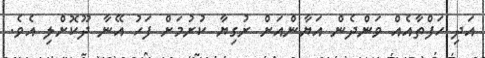
އަދި ހަފްތާއެއް ވަންދެން އަޔާންއަށް ރުގިޔާ ކުރުމަށް ފަހު އޭނާ ދޫކޮށްލި އެވެ.